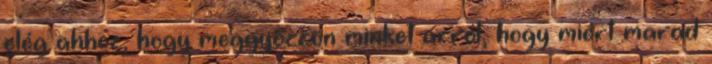
elég ahhoz, hogy meggyőzzön minket arról, hogy miért marad